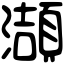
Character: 𤂌